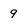
Character: 9